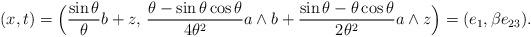
LaTeX: \begin{align*} (x,t)=\Bigl(\frac{\sin\theta}{\theta} b+z,\,\frac{\theta-\sin\theta\cos\theta}{4\theta^2} a\wedge b +\frac{\sin\theta-\theta\cos\theta}{2\theta^2} a\wedge z\Bigr)=(e_1,\beta e_{23}). \end{align*}